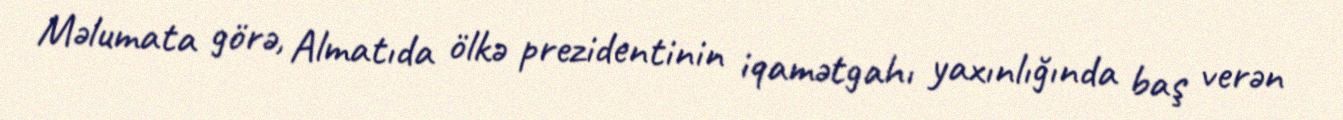
Məlumata görə, Almatıda ölkə prezidentinin iqamətgahı yaxınlığında baş verən